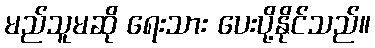
မည်သူမဆို ရေးသား ပေးပို့နိုင်သည်။